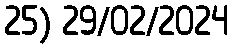
25) 29/02/2024